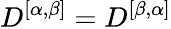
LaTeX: D^{[\alpha,\beta]}=D^{[\beta,\alpha]}